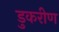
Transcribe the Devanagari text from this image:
डुकरीण